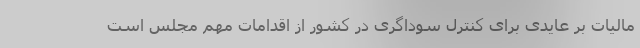
مالیات بر عایدی برای کنترل سوداگری در کشور از اقدامات مهم مجلس است